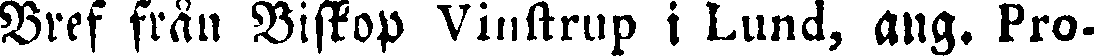
Bref från Biskop Vinstrup i Lund, ang. Pro-